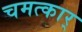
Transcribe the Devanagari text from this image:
चमत्कार्